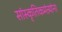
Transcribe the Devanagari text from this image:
सांस्कृतिकमंत्र्यांना